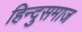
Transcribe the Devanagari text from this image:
हिन्दुसमाज